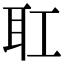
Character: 𦔸